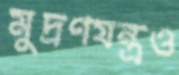
মুদ্রণযন্ত্রও